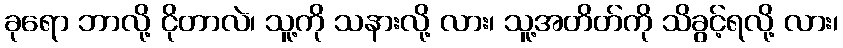
ခုရော ဘာလို့ ငိုတာလဲ၊ သူ့ကို သနားလို့ လား၊ သူ့အတိတ်ကို သိခွင့်ရလို့ လား၊